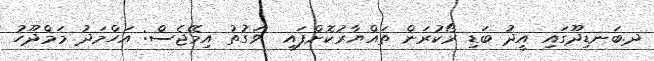
ދ.ބަނޑިދޫގައި އީދު ބަޑި ރޯކުރަން ތައްޔާރުކޮށްފައި  ވަގުތު އިމޭޖެސް: އަހްމަދު މަމްދޫހު